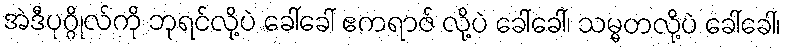
အဲဒီပုဂ္ဂိုလ်ကို ဘုရင်လို့ပဲ ခေါ်ခေါ် ဧကရာဇ် လို့ပဲ ခေါ်ခေါ်၊ သမ္မတလို့ပဲ ခေါ်ခေါ်၊